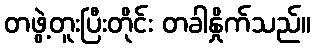
တဖွဲ့တူးပြီးတိုင်း တခါနှိုက်သည်။